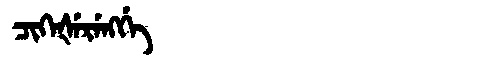
Manchu: ᠴᡳᡴᡝᡧᡝᡵᡝᠩᡤᡝ
Romanization: CIKEŠERENGGE